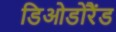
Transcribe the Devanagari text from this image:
डिओडोरैंड